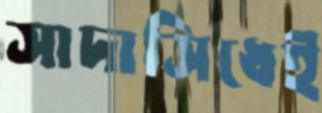
সাদাসিধেই